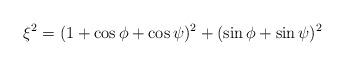
LaTeX: \begin{align*}\xi^2=(1+\cos\phi+\cos\psi)^2+(\sin\phi+\sin\psi)^2\end{align*}